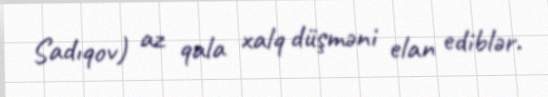
Sadıqov) az qala xalq düşməni elan ediblər.